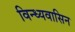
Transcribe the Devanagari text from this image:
विन्ध्यवासिन